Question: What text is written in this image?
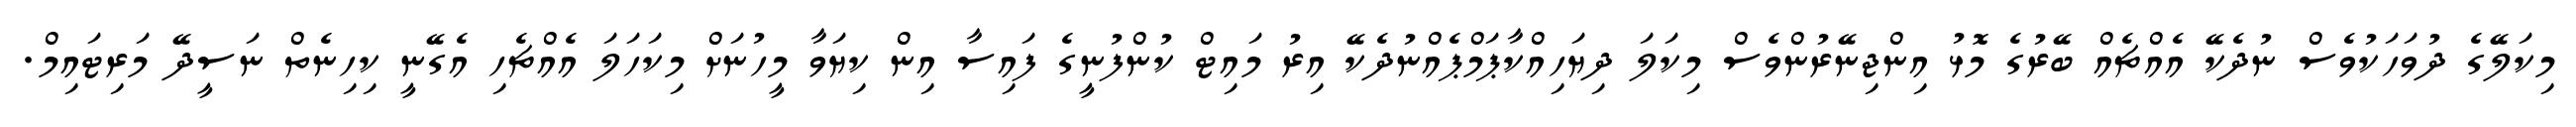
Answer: މިކަލޭގެ ދުވަހަކުވެސް ނުދެކޭ އެއްޗެއް ބޭރުގެ މޮޅު އިންޖިނޭރުންވެސް މިކަލަ ދިޔަހިއްކާޕަމްޕެއްނުދެކޭ އިރު މައިޓް ކުންފުނީގެ ފައިސާ އިން ކިޔަވާ މީހުނަށް މިކަހަލަ އެއްޗެހި އެގޭނީ ކިހިނެތް ނަސީދޭ މަރިޓައިމް.